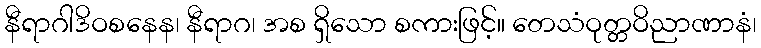
နီရာဂါဒိဝစနေန၊ နီရာဂ၊ အစ ရှိသော စကားဖြင့်။ တေသံဝုတ္တဝိညာဏာနံ၊